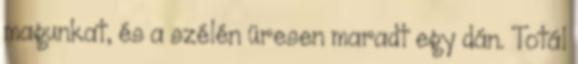
magunkat, és a szélén üresen maradt egy dán. Totál